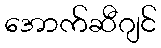
အောက်ဆီဂျင်